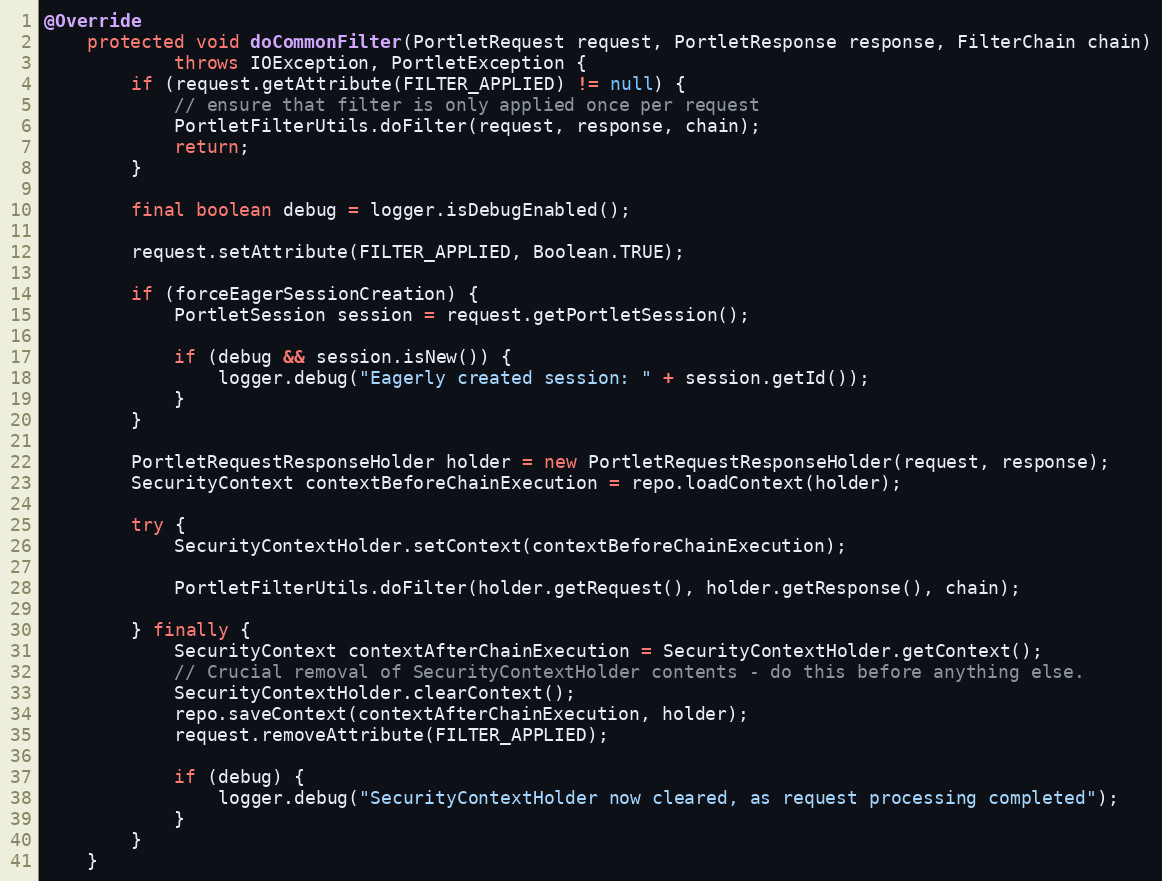
Language: Java
@Override
    protected void doCommonFilter(PortletRequest request, PortletResponse response, FilterChain chain)
            throws IOException, PortletException {
        if (request.getAttribute(FILTER_APPLIED) != null) {
            // ensure that filter is only applied once per request
            PortletFilterUtils.doFilter(request, response, chain);
            return;
        }

        final boolean debug = logger.isDebugEnabled();

        request.setAttribute(FILTER_APPLIED, Boolean.TRUE);

        if (forceEagerSessionCreation) {
            PortletSession session = request.getPortletSession();

            if (debug && session.isNew()) {
                logger.debug("Eagerly created session: " + session.getId());
            }
        }

        PortletRequestResponseHolder holder = new PortletRequestResponseHolder(request, response);
        SecurityContext contextBeforeChainExecution = repo.loadContext(holder);

        try {
            SecurityContextHolder.setContext(contextBeforeChainExecution);

            PortletFilterUtils.doFilter(holder.getRequest(), holder.getResponse(), chain);

        } finally {
            SecurityContext contextAfterChainExecution = SecurityContextHolder.getContext();
            // Crucial removal of SecurityContextHolder contents - do this before anything else.
            SecurityContextHolder.clearContext();
            repo.saveContext(contextAfterChainExecution, holder);
            request.removeAttribute(FILTER_APPLIED);

            if (debug) {
                logger.debug("SecurityContextHolder now cleared, as request processing completed");
            }
        }
    }